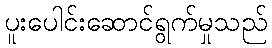
ပူးပေါင်းဆောင်ရွက်မှုသည်